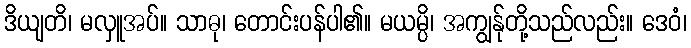
ဒိယျတိ၊ မလှူအပ်။ သာဓု၊ တောင်းပန်ပါ၏။ မယမ္ပိ၊ အကျွန်ုတို့သည်လည်း။ ဒေဝံ၊